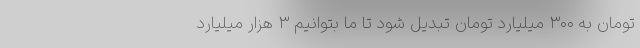
تومان به ۳۰۰ میلیارد تومان تبدیل شود تا ما بتوانیم ۳ هزار میلیارد